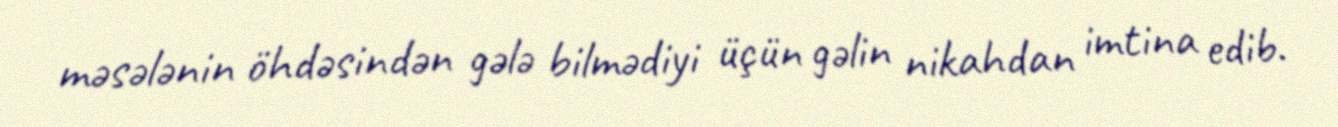
məsələnin öhdəsindən gələ bilmədiyi üçün gəlin nikahdan imtina edib.